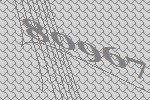
80967